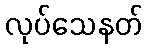
လုပ်သေနတ်